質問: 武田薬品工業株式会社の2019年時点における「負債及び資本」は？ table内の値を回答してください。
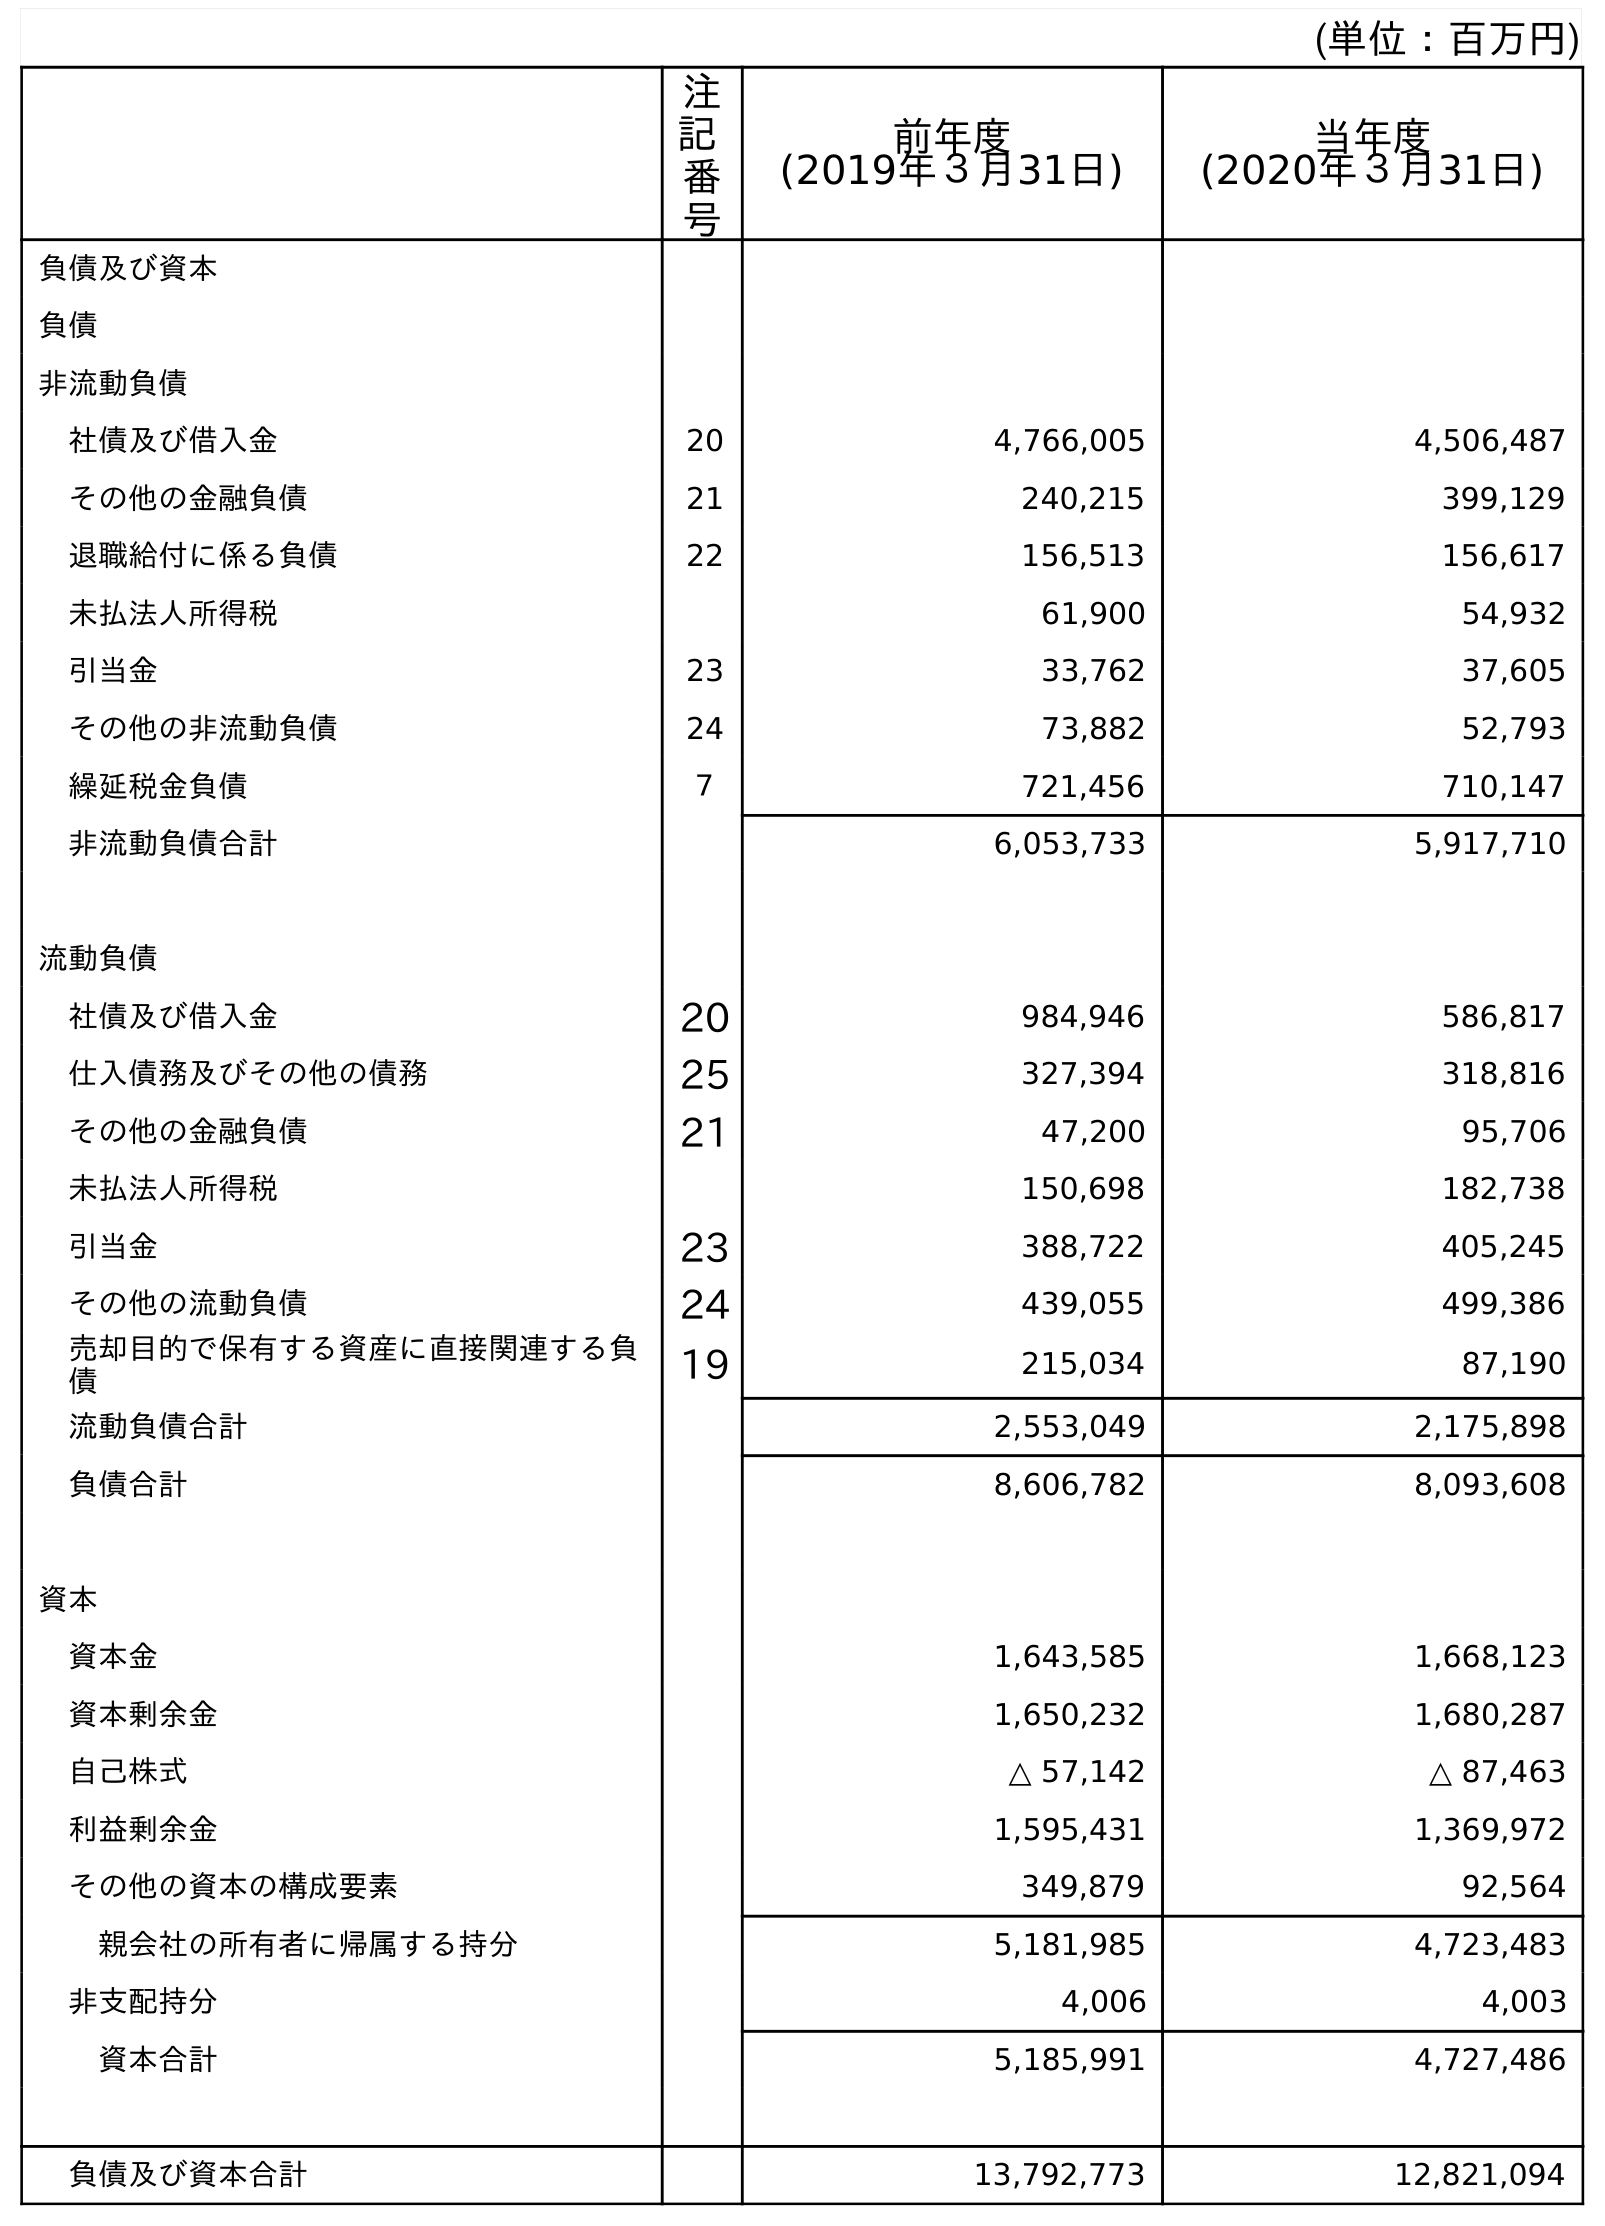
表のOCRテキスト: (単位：百万円) 注 記 番 号 前年度 (2019年３月31日) 当年度 (2020年３月31日) 負債及び資本 負債 非流動負債 社債及び借入金 20 4,766,005 4,506,487 その他の金融負債 21 240,215 399,129 退職給付に係る負債 22 156,513 156,617 未払法人所得税 61,900 54,932 引当金 23 33,762 37,605 その他の非流動負債 24 73,882 52,793 繰延税金負債 ７ 721,456 710,147 非流動負債合計 6,053,733 5,917,710 流動負債 社債及び借入金 20 984,946 586,817 仕入債務及びその他の債務 25 327,394 318,816 その他の金融負債 21 47,200 95,706 未払法人所得税 150,698 182,738 引当金 23 388,722 405,245 その他の流動負債 24 439,055 499,386 売却目的で保有する資産に直接関連する負 債 19 215,034 87,190 流動負債合計 2,553,049 2,175,898 負債合計 8,606,782 8,093,608 資本 資本金 1,643,585 1,668,123 資本剰余金 1,650,232 1,680,287 自己株式 △ 57,142 △ 87,463 利益剰余金 1,595,431 1,369,972 その他の資本の構成要素 349,879 92,564 親会社の所有者に帰属する持分 5,181,985 4,723,483 非支配持分 4,006 4,003 資本合計 5,185,991 4,727,486 負債及び資本合計 13,792,773 12,821,094
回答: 13,792,773